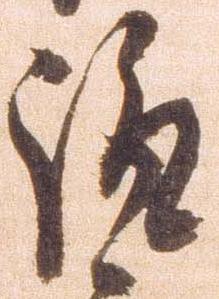
諏